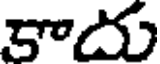
కాదు